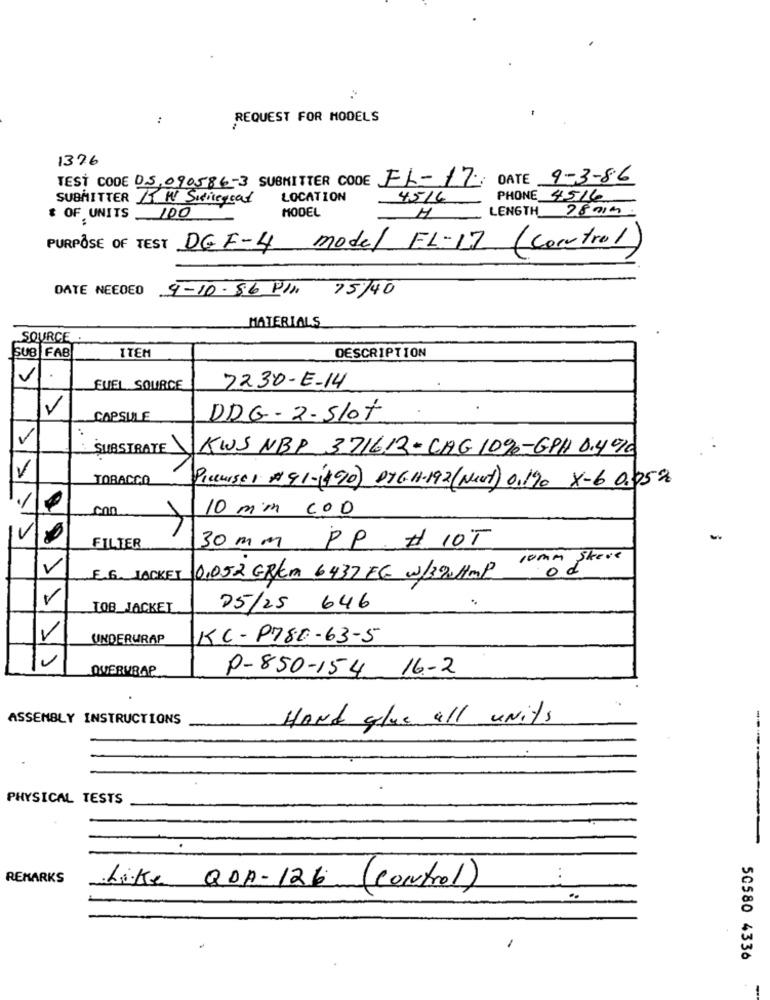
:
REQUEST FOR MODELS
1376
TEST CODE DS.090586-3 SUBMITTER CODE FL-17: DATE 9-3-86
SUBMITTER AT MY Sidicegoat
LOCATION
4516
PHONE 4516
MODEL
LENGTH 2801 m
& OF UNITS
100
H
PURPOSE OF TEST DG F-4 model FL-17 (Control)
DATE NEEDED 9-10-86 PIN 75/40
MATERIALS
SOURCE
ITEM
DESCRIPTION
SUB FAB
FUEL SOURCE
7230-E-14
V
CAPSULE
DDG - 2-Slot
SUBSTRATE
KWS NBP 371612-CAG 109-GPH 0.4%
V
TOBACCO
Picuisei #91-1490) DTG.H-192 (Next) 0,190 X-6 0.05%
10 mm COD
30 mm PP. # 10T
FILTER
10mm Skeve
V
od
E.G. JACKET
0.052 GR/m 6437 FG w/320HMP
TOB_JACKET
05/25 646
UNDERWRAP
KC -P780-63-5
115
QUERUBAP
P-850-154 16-2
ASSEMBLY INSTRUCTIONS
HAND glue all units
PHYSICAL TESTS
REMARKS
Like QDA- 126 (control)
50580 4336
-